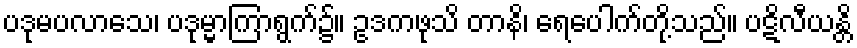
ပဒုမပလာသေ၊ ပဒုမ္မာကြာရွက်၌။ ဥဒကဖုသိ တာနိ၊ ရေပေါက်တို့သည်။ ပဋိလီယန္တိ